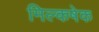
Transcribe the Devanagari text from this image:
मिल्कषेक